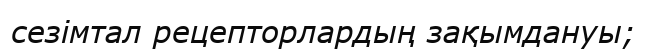
сезімтал рецепторлардың зақымдануы;